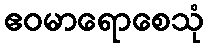
ဧဝမာရောစေသုံ